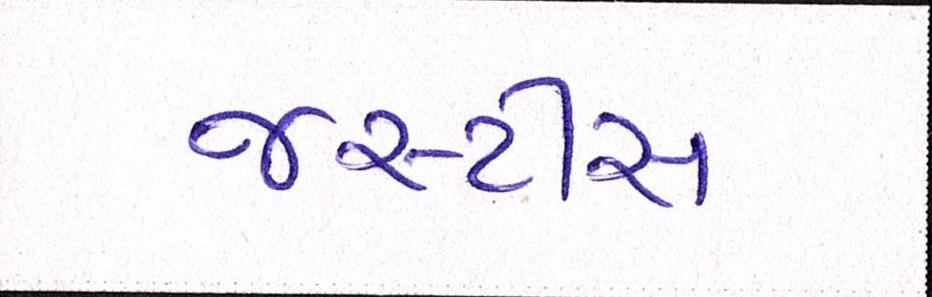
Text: જસ્ટીસ